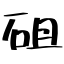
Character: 砠